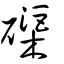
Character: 磲